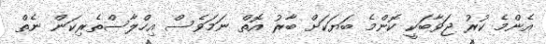
އެންމެ ކުރު ޖަވާބަކީ ކޮންމެ ބަޔަކަށް ބާރު އޮތް ނަމަވެސް އިހްލާސްތެރިކަން ނެތް